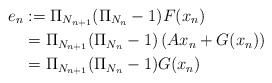
\begin{align*}e_{n} & :=\Pi_{N_{n+1}}(\Pi_{N_{n}}-1)F(x_{n})\\& =\Pi_{N_{n+1}}(\Pi_{N_{n}}-1)\left( Ax_{n}+G(x_{n})\right) \\& =\Pi_{N_{n+1}}(\Pi_{N_{n}}-1)G(x_{n})\end{align*}